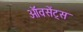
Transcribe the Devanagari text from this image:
ऑवसेंट्स